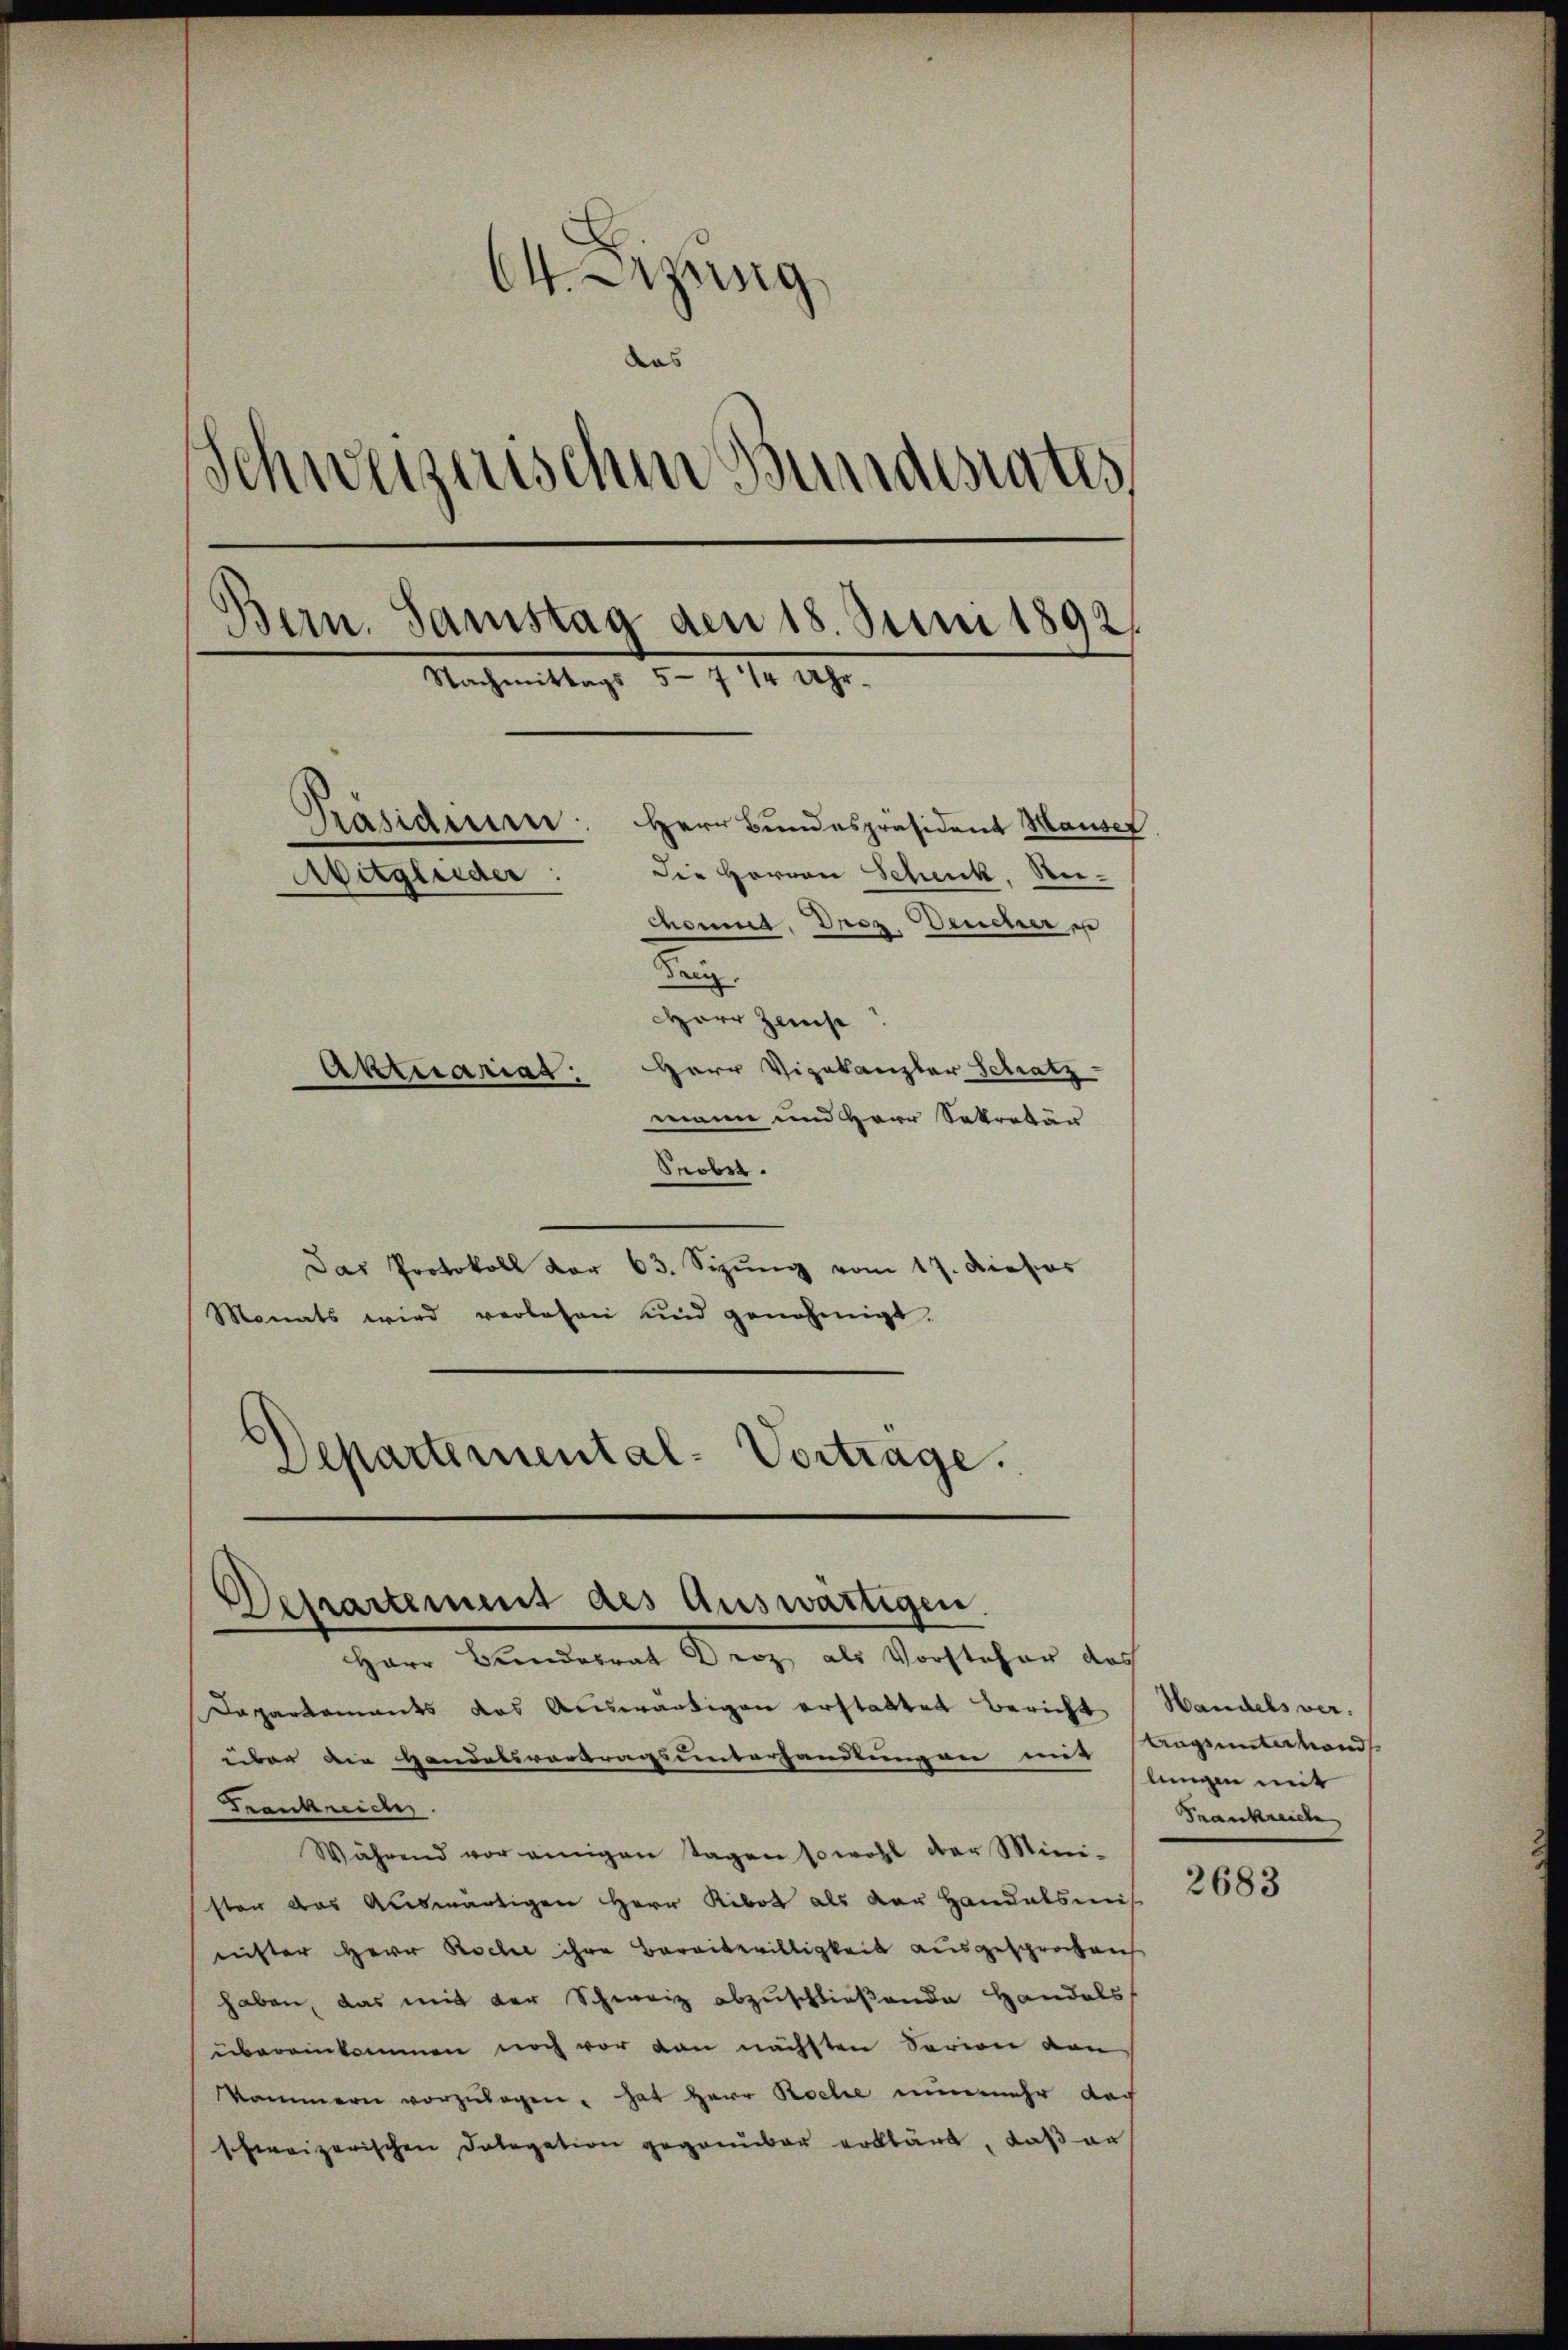
64. Lezung
das
Schweizerischen Bundesrates,
Bern. Samstag den 18. Juni 1892.
Nachmittags 5-7 1/4 Uhr.
Präsidenen: Herr Bundespräsident Hause
Die Herren Scheck, Wei¬
Aitglieder:
chomme, Droz. Deucher u
Fanz.

HHerr Zeis
Aktuariat: Herr Vizekanzler Schatz-
mann und Herr Sekretär
Serber.
Das Protokoll vor 63. Sizŭng vom 17. Dieses
Monats wird verlesen und genehmigt.

Departemental-Vortrage.

Departement des Auswärtigen.

Herr Bundesrat Droz als Vorstehe
Dapartements das Auswärtigen erstattet Bericht
über die Handelsvortragsunterhandlungen nur
Frankreich
Während vor einigen Tagen sowohl der Mini-
ster das Auswärtigen Herr Ribot als der Handelsmis
nichter Herr Roche ihre Bereitwilligkeit ausgesprochen
haben, das mit der Schweiz abzuschließende Handels
übereinkommen noch vor den nächsten Sarion von
kammern vorzulegen . hat Herr Roche nunmehr dar
schweizerischen Dolegation gegenüber erklärt, daß an

Handels ver¬
Bagsunterhand
lungen mit
Frankreiche

2683